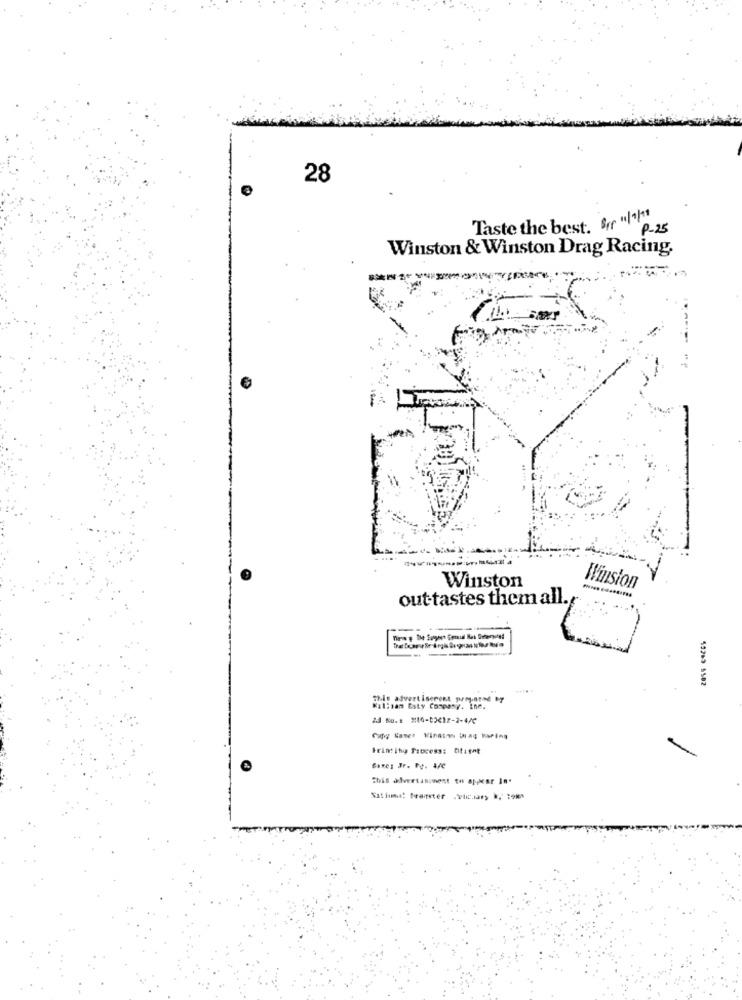
28
Taste the best. fr "11/11
P-25
Winston & Winston Drag Racing.
Winston
Winston
out tastes them all.
---
55283 6502
this advertiserent prepared by
Kalisam Baty Company. Ine.
23 Nu. # 216-03412-2-4/0
Printing Process: Dtient
this advertasiwent to appear In.
Satiuma: fraister .etc.mary *, : om